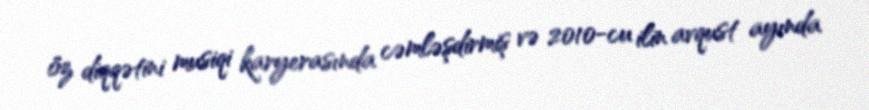
öz diqqətini musiqi karyerasında cəmləşdirmiş və 2010-cu ilin avqust ayında